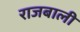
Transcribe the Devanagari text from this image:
राजबाली